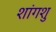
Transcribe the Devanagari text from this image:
शांगशु